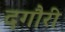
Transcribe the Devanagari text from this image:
दगौरी